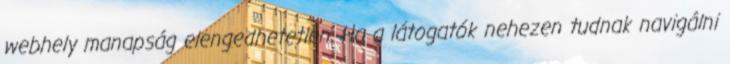
webhely manapság elengedhetetlen. Ha a látogatók nehezen tudnak navigálni